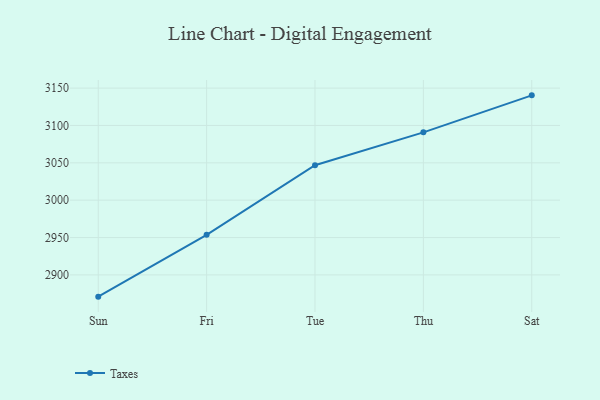
{"axis": {"x": "Day", "y": "Churn Rate (%)"}, "legend": ["Taxes"], "data": [{"x": "Sun", "y": 2870.9, "type": "Taxes"}, {"x": "Fri", "y": 2953.7, "type": "Taxes"}, {"x": "Tue", "y": 3046.8, "type": "Taxes"}, {"x": "Thu", "y": 3090.8, "type": "Taxes"}, {"x": "Sat", "y": 3140.3, "type": "Taxes"}]}